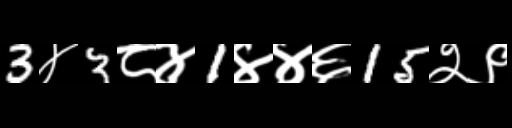
Text: 3४3८४1४४६15२९